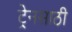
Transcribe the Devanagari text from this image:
ट्रेनसाठी